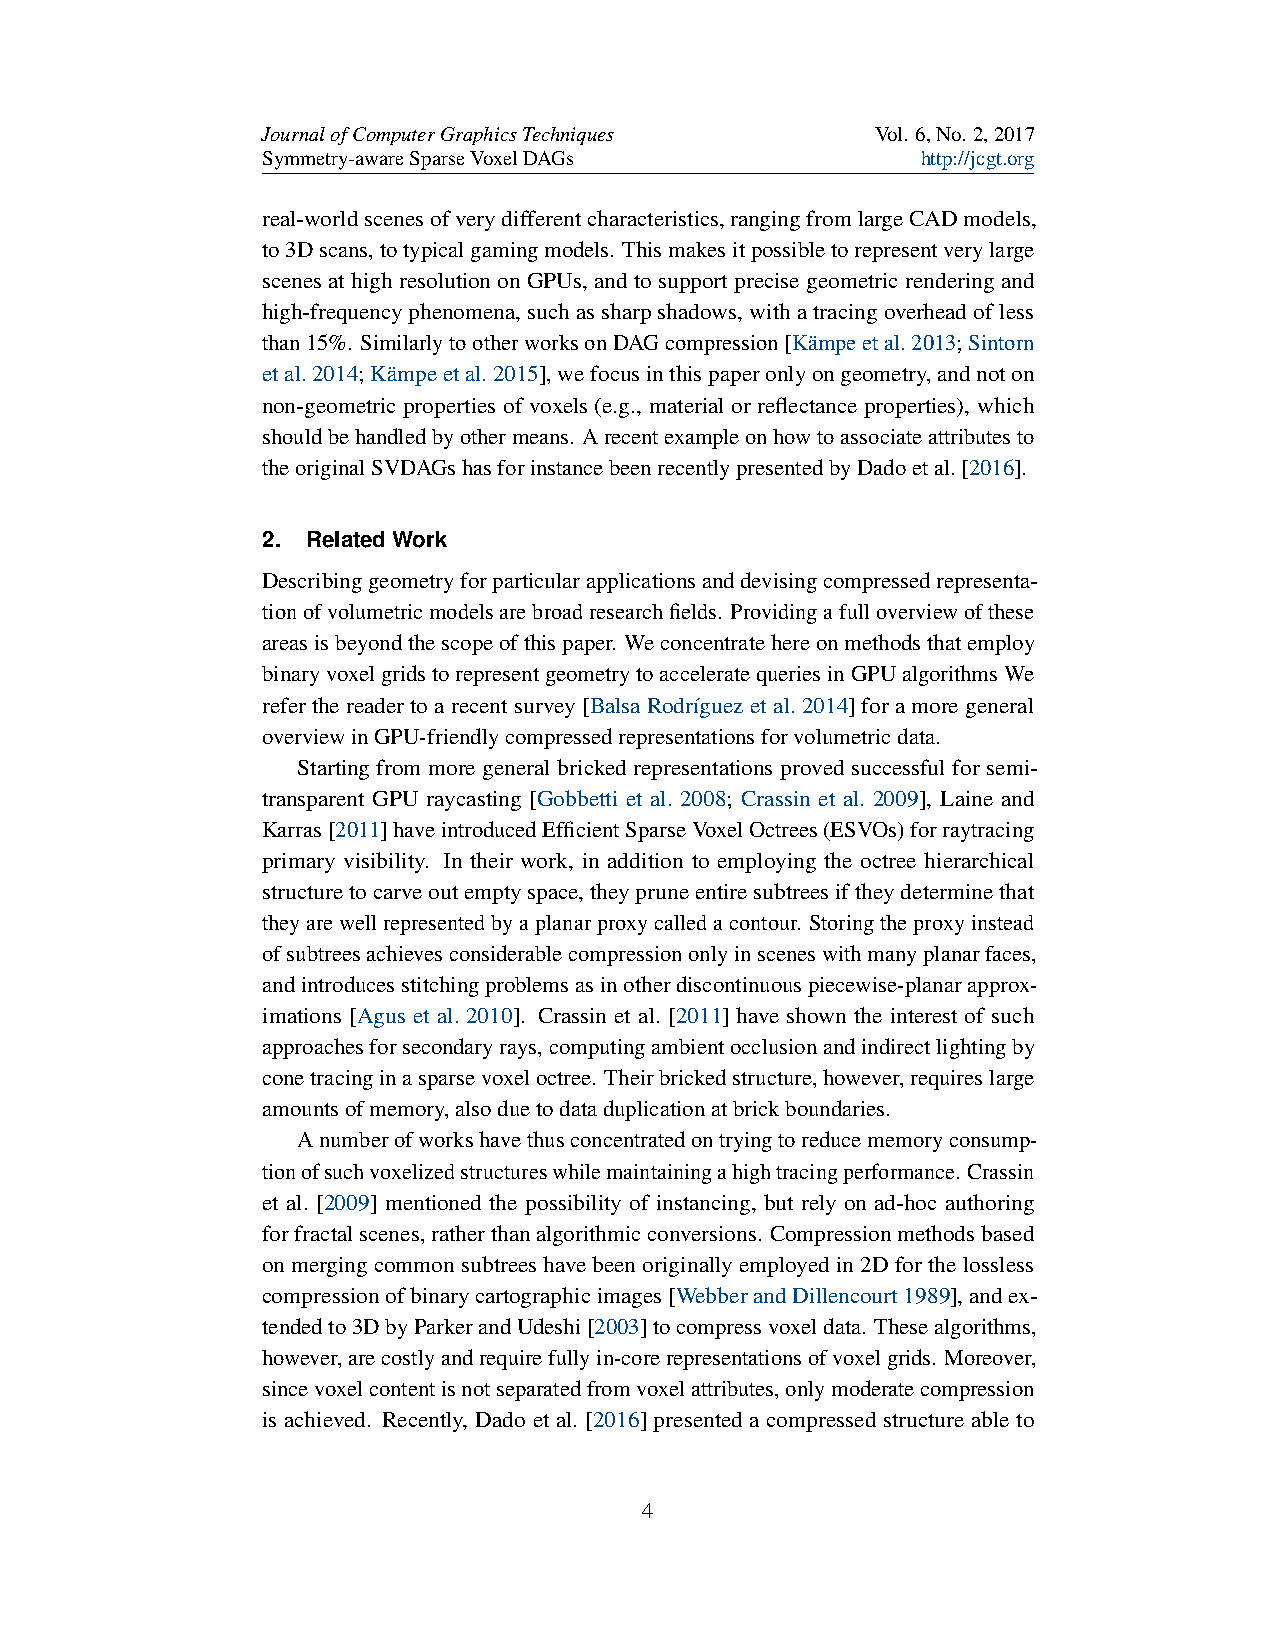
JournalofComputerGraphicsTechniques      Vol. 6,No. 2,2017
 Symmetry-awareSparseVoxelDAGs               http://jcgt.org
 real-worldscenesofverydifferentcharacteristics,rangingfromlargeCADmodels,
 to3Dscans,totypicalgamingmodels. Thismakesitpossibletorepresentverylarge
 scenesathighresolutiononGPUs, andtosupportprecisegeometricrenderingand
 high-frequencyphenomena,suchassharpshadows,withatracingoverheadofless
 than15%. SimilarlytootherworksonDAGcompression[Kämpeetal.2013;Sintorn
 etal.2014;Kämpeetal.2015],wefocusinthispaperonlyongeometry,andnoton
 non-geometric properties of voxels (e.g., material or reflectance properties), which
 shouldbehandledbyothermeans. Arecentexampleonhowtoassociateattributesto
 theoriginalSVDAGshasforinstancebeenrecentlypresentedbyDadoetal.[2016].
 2. RelatedWork
 Describinggeometryforparticularapplicationsanddevisingcompressedrepresenta-
 tionofvolumetricmodelsarebroadresearchfields. Providingafulloverviewofthese
 areasisbeyondthescopeofthispaper. Weconcentratehereonmethodsthatemploy
 binaryvoxelgridstorepresentgeometrytoacceleratequeriesinGPUalgorithmsWe
 refer the readerto a recent survey [Balsa Rodríguez etal. 2014] for amore general
 overviewinGPU-friendlycompressedrepresentationsforvolumetricdata.
 Starting from more general bricked representations proved successful for semi-
 transparent GPU raycasting [Gobbetti et al. 2008; Crassin et al. 2009], Laine and
 Karras[2011]haveintroducedEfficientSparseVoxelOctrees(ESVOs)forraytracing
 primary visibility. In their work, in addition to employing the octree hierarchical
 structuretocarveoutemptyspace,theypruneentiresubtreesiftheydeterminethat
 theyarewellrepresentedbyaplanarproxycalledacontour. Storingtheproxyinstead
 ofsubtreesachievesconsiderablecompressiononlyinsceneswithmanyplanarfaces,
 andintroducesstitchingproblemsasinotherdiscontinuouspiecewise-planarapprox-
 imations [Agus et al. 2010]. Crassin et al. [2011] have shown the interest of such
 approachesforsecondaryrays,computingambientocclusionandindirectlightingby
 conetracinginasparsevoxeloctree. Theirbrickedstructure,however,requireslarge
 amountsofmemory,alsoduetodataduplicationatbrickboundaries.
 Anumberofworkshavethusconcentratedontryingtoreducememoryconsump-
 tionofsuchvoxelizedstructureswhilemaintainingahightracingperformance. Crassin
 et al. [2009] mentioned the possibility of instancing, but rely on ad-hoc authoring
 forfractalscenes,ratherthanalgorithmicconversions. Compressionmethodsbased
 onmergingcommonsubtreeshavebeenoriginallyemployedin2Dforthelossless
 compressionofbinarycartographicimages[WebberandDillencourt1989],andex-
 tendedto3DbyParkerandUdeshi[2003]tocompressvoxeldata. Thesealgorithms,
 however,arecostlyandrequirefullyin-corerepresentationsofvoxelgrids. Moreover,
 sincevoxelcontentisnotseparatedfromvoxelattributes,onlymoderatecompression
 is achieved. Recently, Dado et al. [2016] presented a compressed structure able to
 4